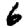
Digit: 6